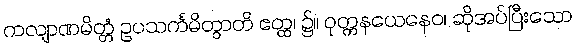
ကလျာဏမိတ္တံ ဥပသင်္ကမိတွာတိ ဧတ္ထ၊ ၌။ ဝုတ္တနယေနေဝ၊ ဆိုအပ်ပြီးသော